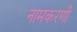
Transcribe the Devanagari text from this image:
नामकरणी